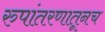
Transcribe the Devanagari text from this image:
रुपांतरणातूनच